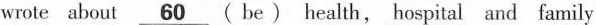
wrote about\underline{60}(be) health, hospital and family